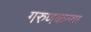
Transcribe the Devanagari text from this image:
गरुणकन्या